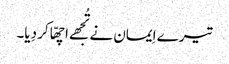
تیرے اِیمان نے تُجھے اچھّا کر دِیا۔